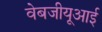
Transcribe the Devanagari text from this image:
वेबजीयूआई